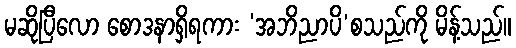
မဆိုပြီလော စောဒနာရှိရကား ‘အဘိညာပိ’စသည်ကို မိန့်သည်။